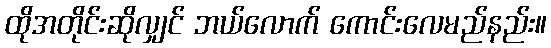
ထိုအတိုင်းဆိုလျှင် ဘယ်လောက် ကောင်းလေမည်နည်း။